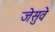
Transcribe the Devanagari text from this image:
जेसुवे